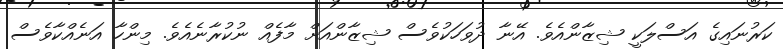
ކަރުނައިގެ އަސްލަކީ ޝިޒާންއެެވެ. އޭނާ ދުވަހަކުވެސް ޝިޒާންއަށް މާފެއް ނުކުރާނެއެވެ. މިންހާ އަނެއްކާވެސް